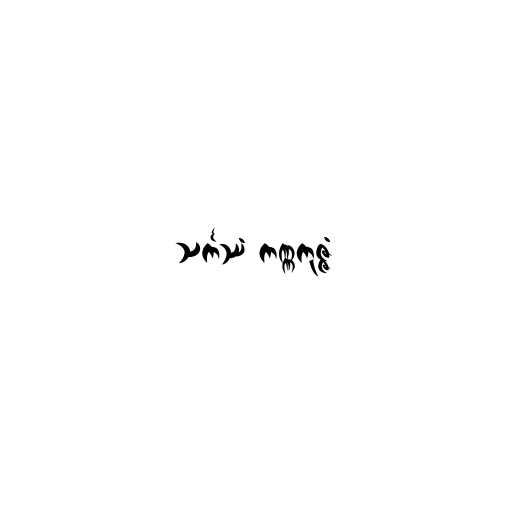
သင်္ကဿံ ကဏ္ဏကုဇ္ဇံ